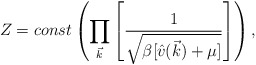
\begin{align*}Z = const \left(\prod_{\vec{k}} \left[\frac{1}{\sqrt{\beta[\hat{v}(\vec{k})+\mu]}}\right]\right),\end{align*}